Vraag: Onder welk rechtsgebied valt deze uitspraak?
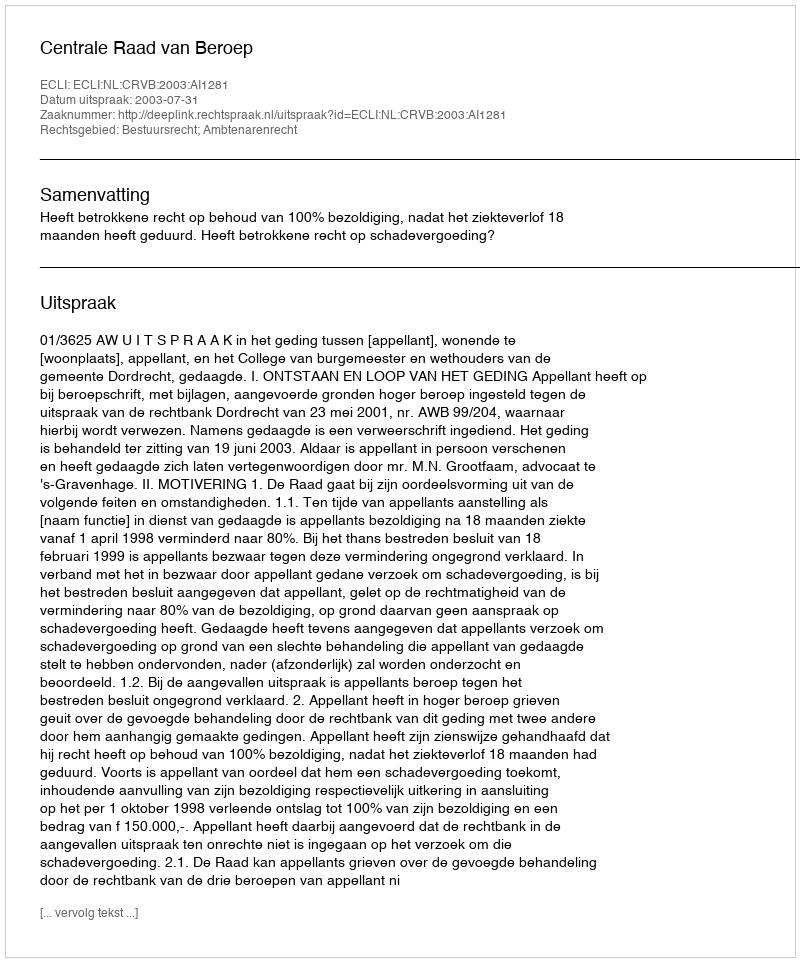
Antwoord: Bestuursrecht; Ambtenarenrecht